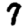
Digit: 7